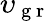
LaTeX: \upsilon_{\mathrm{~g~r~}}